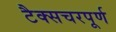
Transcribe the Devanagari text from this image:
टैक्सचरपूर्ण